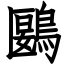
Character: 鶠